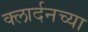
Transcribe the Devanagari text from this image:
क्लार्दनच्या